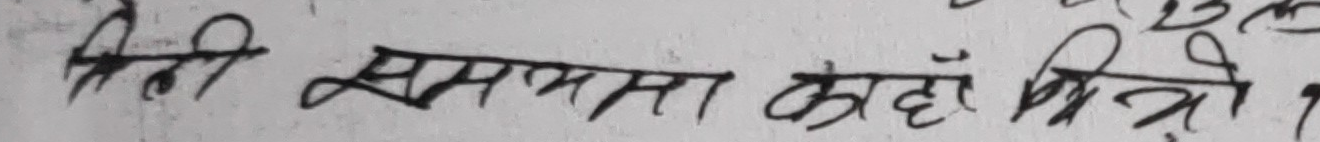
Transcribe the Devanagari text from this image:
सिधी समस्या कोही मित्रो ।